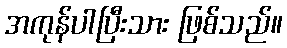
အကုန်ပါပြီးသား ဖြစ်သည်။